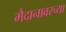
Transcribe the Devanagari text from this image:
मैदानावरच्या